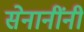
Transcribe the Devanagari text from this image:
सेनानींनी